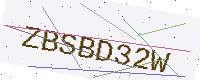
Text: ZBSBD32W